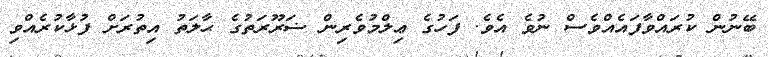
ބޭނުން ކުރައްވާފައެއްވެސް ނުވެ އެވެ. ފަހުގެ ޢިލްމުވެރިން ޟަރޫރަތުގެ ޙާލަތު އިތުރަށް ފުޅާކުރެއްވި